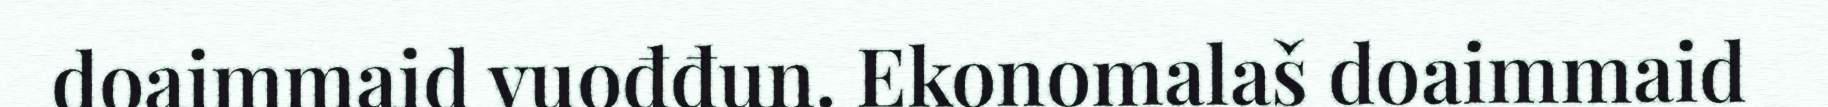
doaimmaid vuođđun. Ekonomalaš doaimmaid